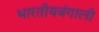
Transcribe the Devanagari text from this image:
भारतीयबंगाली